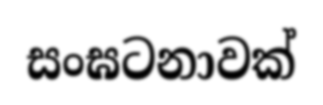
සංඝටනාවක්